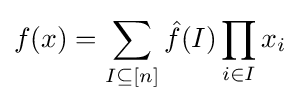
f(x)=\sum _{I\subseteq [n]}{\hat {f}}(I)\prod _{i\in I}x_{i}